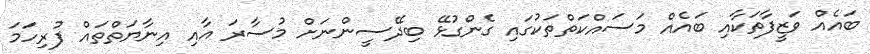
ބައެއް ވަޒީފާތަކާއި ބައެއް މަސައްކަތްތަކުގައި ގެންގުޅޭ ބިދޭސީންނަށް މުސާރަ އާއި އިނާޔަތްތައް ފުރިހަމަ